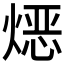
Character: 𱫯